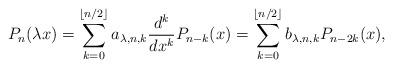
LaTeX: \begin{align*}P_{n}(\lambda x)= \sum_{k=0}^{\lfloor n/2 \rfloor} a_{\lambda, n, k} \dfrac{d^{k}}{dx^{k}}P_{n-k}(x)= \sum_{k=0}^{\lfloor n/2 \rfloor} b_{\lambda, n, k} P_{n-2k}(x), \end{align*}